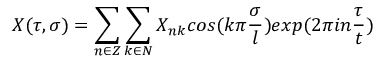
X ( \tau , \sigma ) = \sum _ { n \in Z } \sum _ { k \in N } X _ { n k } c o s ( k \pi \frac { \sigma } { l } ) e x p ( 2 \pi i n \frac { \tau } { t } )